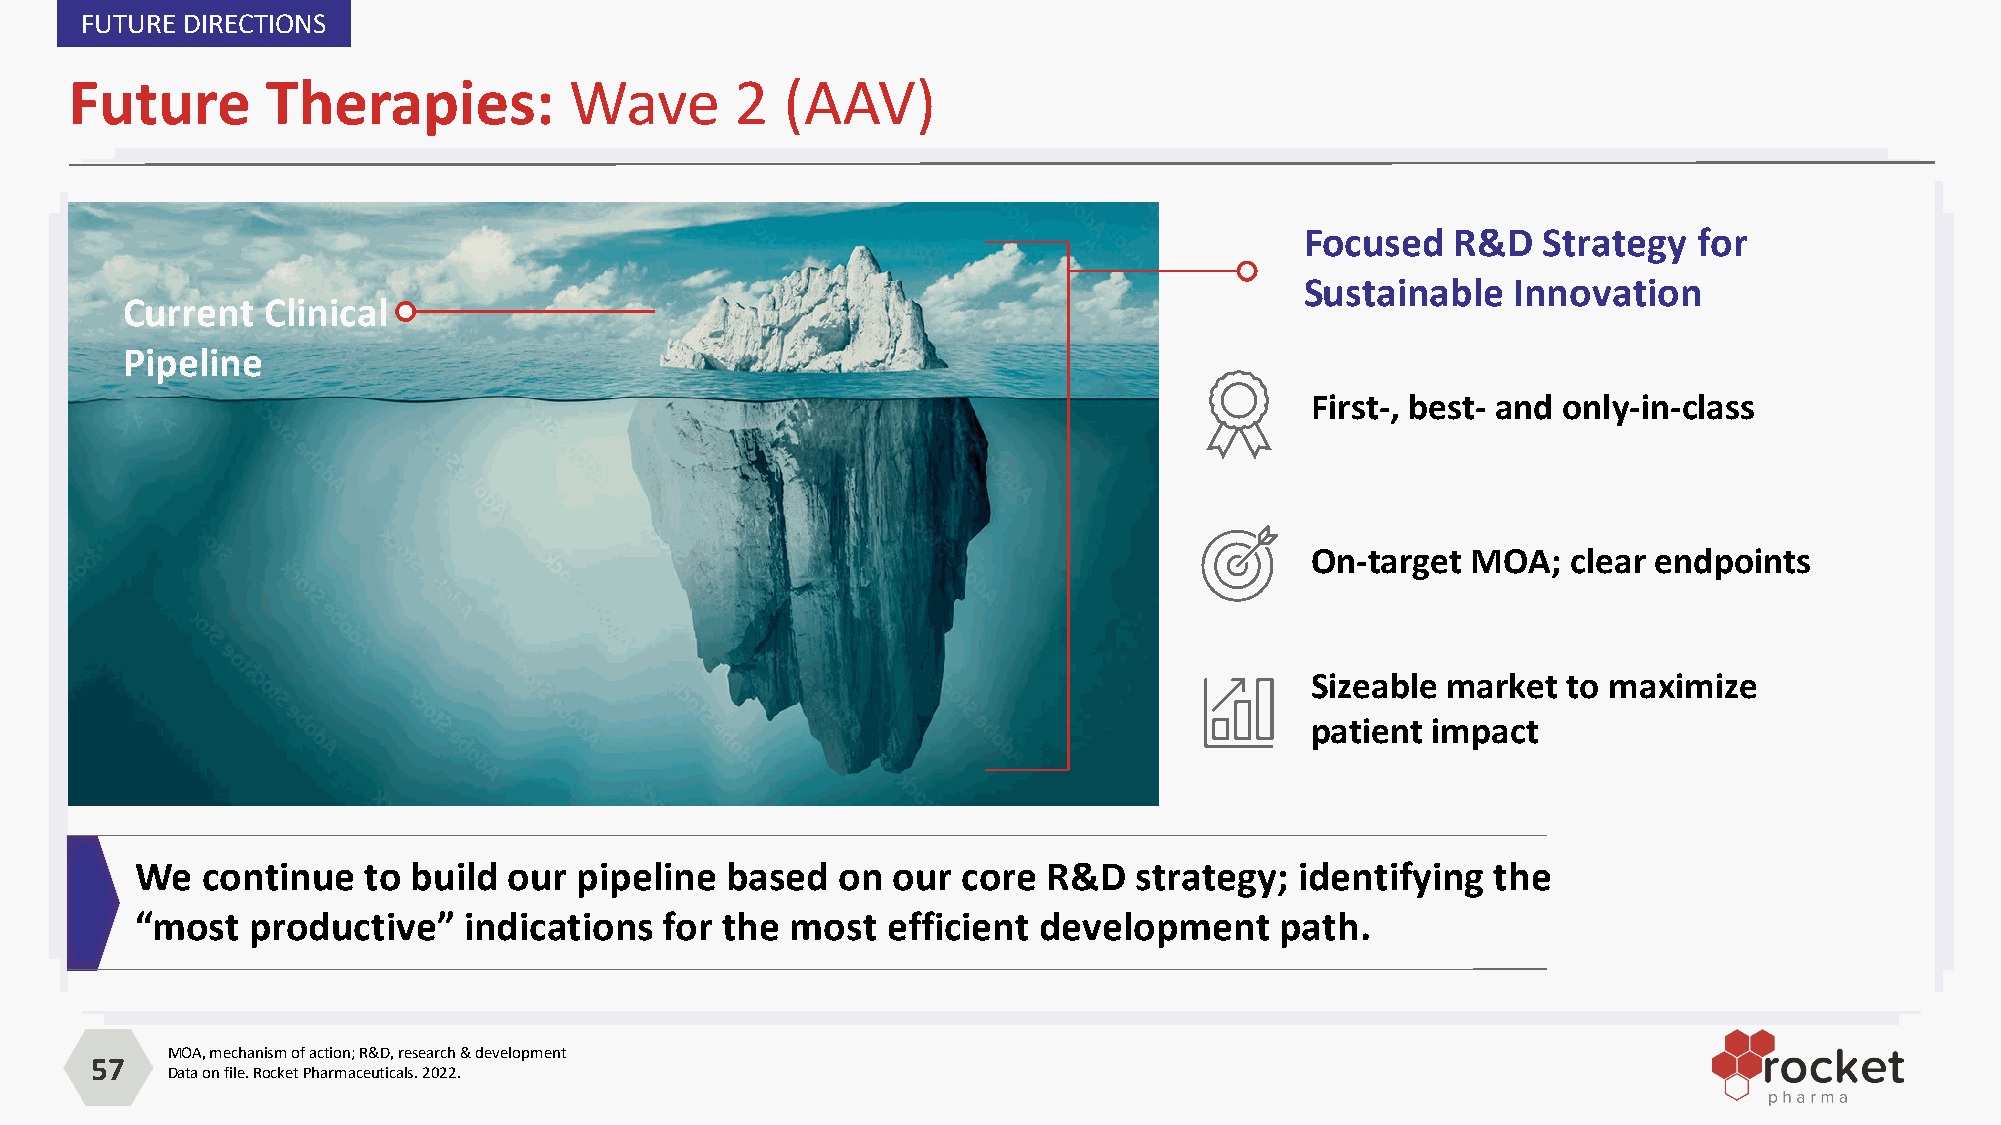
FUTURE DIRECTIONS
 Future       Therapies:          Wave       2  (AAV)
 Focused   R&D   Strategy  for
 Sustainable   Innovation
 Current  Clinical
 Pipeline
 First-, best- and only-in-class
 On-target MOA;   clear endpoints
 Sizeable market  to maximize
 patient impact
 We  continue   to build  our pipeline  based   on our  core R&D   strategy;  identifying  the
 “most   productive”   indications  for the most   efficient development     path.
 MOA, mechanism of action; R&D, research & development
 57
 Data on file. Rocket Pharmaceuticals. 2022.